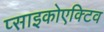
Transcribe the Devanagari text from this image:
प्साइकोएक्टिव